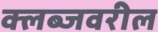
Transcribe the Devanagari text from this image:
क्लब्जवरील